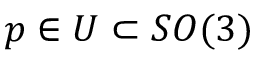
p \in U \subset S O ( 3 )